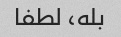
بله، لطفا